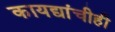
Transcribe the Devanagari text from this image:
कायद्यांचीही